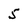
Character: 5